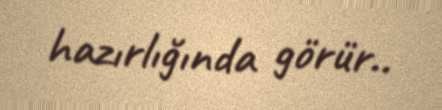
hazırlığında görür..